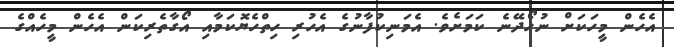
އެހެން މީހަކަށް ނުހޯދޭނެ ކަމަށެވެ. އެމަނިކުފާނުގެ އެހުރި ހިތްހެޔޮކަމާއި އޯގާތެރިކަން އެހެން މީހެއްގެ